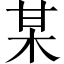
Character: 某